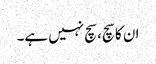
ان کا سچ، سچ نہیں ہے۔